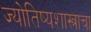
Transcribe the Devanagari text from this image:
ज्योतिष्यशास्त्राचा